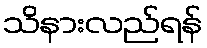
သိနားလည်ရန်